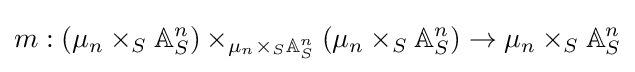
m:(\mu _{n}\times _{S}\mathbb {A} _{S}^{n})\times _{\mu _{n}\times _{S}\mathbb {A} _{S}^{n}}(\mu _{n}\times _{S}\mathbb {A} _{S}^{n})\to \mu _{n}\times _{S}\mathbb {A} _{S}^{n}